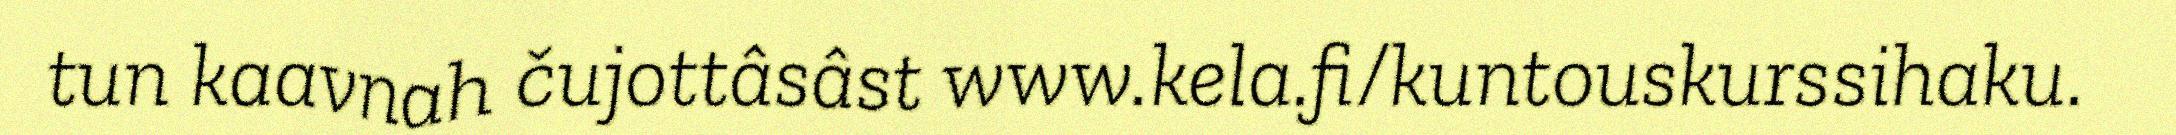
tun kaavnah čujottâsâst www.kela.fi/kuntouskurssihaku.